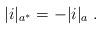
LaTeX: \begin{align*}|i|_{a^*} = -|i|_a\;.\end{align*}